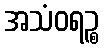
အသံဝရဉ္စ